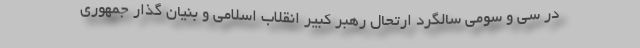
در سی و سومی سالگرد ارتحال رهبر کبیر انقلاب اسلامی و بنیان گذار جمهوری